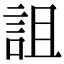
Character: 詛